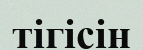
тігісін